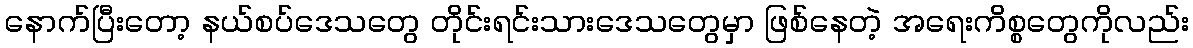
နောက်ပြီးတော့ နယ်စပ်ဒေသတွေ တိုင်းရင်းသားဒေသတွေမှာ ဖြစ်နေတဲ့ အရေးကိစ္စတွေကိုလည်း